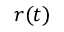
\boldsymbol { r } ( t )